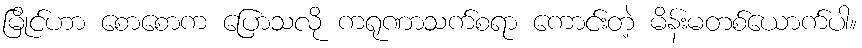
မြိုင်ဟာ စောစောက ပြောသလို ကရုဏာသက်စရာ ကောင်းတဲ့ မိန်းမတစ်ယောက်ပါ။